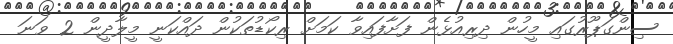
ސިންގަޕޫރުގައި މީހުން ދިރިއުޅެން ފަށާފައިވާ ކަމަށް ރިކޯޑުތަކުން ދައްކަނީ މީލާދީން 2 ވަނަ